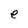
Character: e